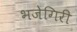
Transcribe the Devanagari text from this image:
भजेगिरी